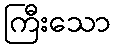
ကြီးသော